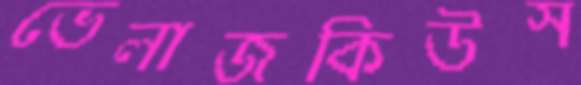
ভেলাজকিউস